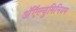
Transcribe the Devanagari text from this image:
अॅऍल्युमिनियम